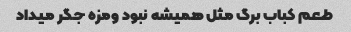
طعم کباب برگ مثل همیشه نبود و‌مزه جگر میداد